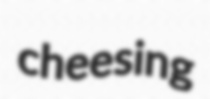
cheesing